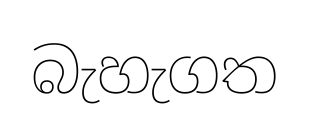
බැහැගත